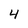
Character: 4